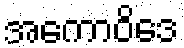
အကောဝိဒေ